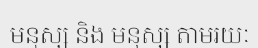
មនុស្ស និង មនុស្ស តាមរយៈ